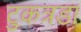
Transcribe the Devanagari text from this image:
टुकत्रडा